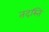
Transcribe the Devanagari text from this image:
तदस्ति